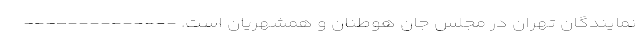
نمایندگان تهران در مجلس جان هوطنان و همشهریان است. --------------